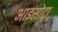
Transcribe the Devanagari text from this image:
आइसोटा